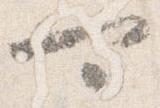
可